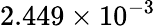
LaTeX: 2.449\times 10^{-3}